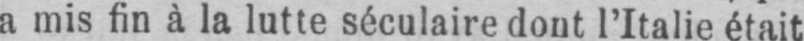
a mis fin à la lutte séculaire dont l’Italie était